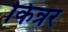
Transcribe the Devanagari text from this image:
किन्रर